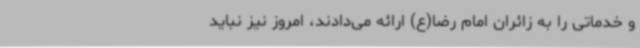
و خدماتی را به زائران امام رضا(ع) ارائه می‌دادند، امروز نیز نباید